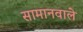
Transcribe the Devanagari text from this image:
सामानवाले